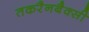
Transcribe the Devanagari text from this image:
तकरैनबैक्सी